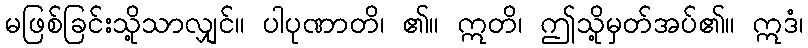
မဖြစ်ခြင်းသို့သာလျှင်။ ပါပုဏာတိ၊ ၏။ ဣတိ၊ ဤသို့မှတ်အပ်၏။ ဣဒံ၊